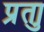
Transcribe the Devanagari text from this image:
प्रुता